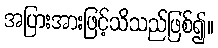
အပြားအားဖြင့်သိသည်ဖြစ်၍။